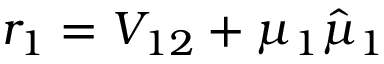
r _ { 1 } = V _ { 1 2 } + \mu _ { 1 } \hat { \mu } _ { 1 }